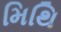
મિથિ